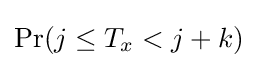
\mathrm {Pr} (j\leq T_{x}<j+k)